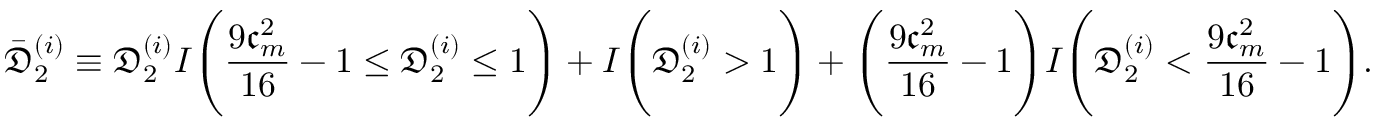
\bar { \mathfrak { D } } _ { 2 } ^ { ( i ) } \equiv \mathfrak { D } _ { 2 } ^ { ( i ) } I \Bigg ( \frac { 9 \mathfrak { c } _ { m } ^ { 2 } } { 1 6 } - 1 \leq \mathfrak { D } _ { 2 } ^ { ( i ) } \leq 1 \Bigg ) + I \Bigg ( \mathfrak { D } _ { 2 } ^ { ( i ) } > 1 \Bigg ) + \Bigg ( \frac { 9 \mathfrak { c } _ { m } ^ { 2 } } { 1 6 } - 1 \Bigg ) I \Bigg ( \mathfrak { D } _ { 2 } ^ { ( i ) } < \frac { 9 \mathfrak { c } _ { m } ^ { 2 } } { 1 6 } - 1 \Bigg ) .